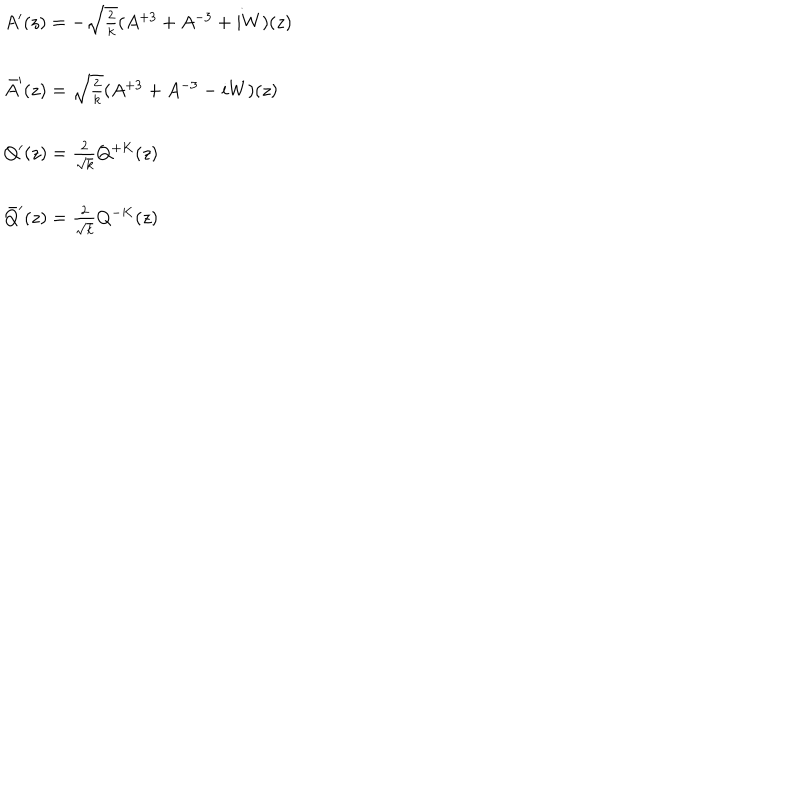
\begin{array} { l } { { A ^ { \prime } ( z ) = - \sqrt { \frac { 2 } { k } } ( A ^ { + 3 } + A ^ { - 3 } + i W ) ( z ) } } \\ { { \ } } \\ { { \bar { A } ^ { \prime } ( z ) = \sqrt { \frac { 2 } { k } } ( A ^ { + 3 } + A ^ { - 3 } - i W ) ( z ) } } \\ { { \ } } \\ { { Q ^ { \prime } ( z ) = \frac { 2 } { \sqrt { k } } Q ^ { + K } ( z ) } } \\ { { \ } } \\ { { \bar { Q } ^ { \prime } ( z ) = \frac { 2 } { \sqrt { k } } Q ^ { - K } ( z ) } } \\ \end{array}